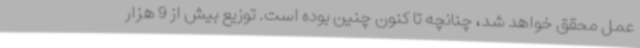
عمل محقق خواهد شد، چنانچه تا کنون چنین بوده است. توزیع بیش از 9 هزار